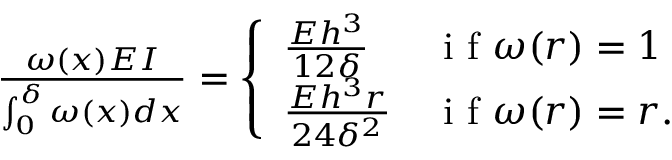
\begin{array} { r } { \frac { \omega ( x ) E I } { \int _ { 0 } ^ { \delta } \omega ( x ) d x } = \left\{ \begin{array} { l l } { \frac { E h ^ { 3 } } { 1 2 \delta } } & { \mathrm { ~ i ~ f ~ } \omega ( r ) = 1 } \\ { \frac { E h ^ { 3 } r } { 2 4 \delta ^ { 2 } } } & { \mathrm { ~ i ~ f ~ } \omega ( r ) = r . } \end{array} \right. } \end{array}